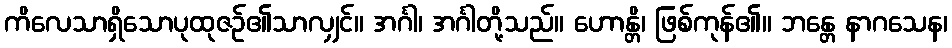
ကိလေသာရှိသောပုထုဇဉ်၏သာလျှင်။ အင်္ဂါ၊ အင်္ဂါတို့သည်။ ဟောန္တိ၊ ဖြစ်ကုန်၏။ ဘန္တေ နာဂသေန၊